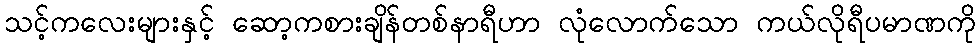
သင့်ကလေးများနှင့် ဆော့ကစားချိန်တစ်နာရီဟာ လုံလောက်သော ကယ်လိုရီပမာဏကို